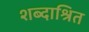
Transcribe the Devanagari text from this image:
शब्दाश्रित